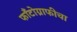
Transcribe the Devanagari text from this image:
फाँटोग्राफीचा